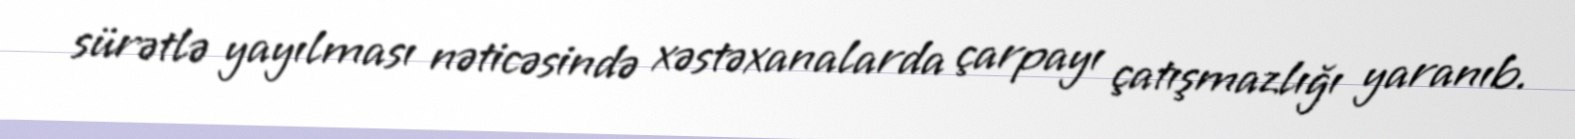
sürətlə yayılması nəticəsində xəstəxanalarda çarpayı çatışmazlığı yaranıb.